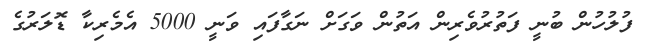
ފުލުހުން ބުނީ ފަތުރުވެރިން އަތުން ވަގަށް ނަގާފައި ވަނީ 5000 އެމެރިކާ ޑޮލަރުގެ